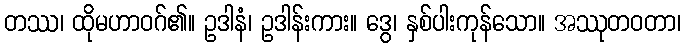
တဿ၊ ထိုမဟာဝဂ်၏။ ဥဒါနံ၊ ဥဒါန်းကား။ ဒွေ၊ နှစ်ပါးကုန်သော။ အဿုတဝတာ၊